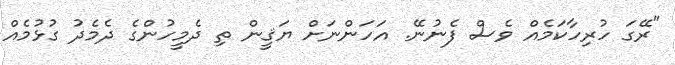
"ރޭގަ ހުރިހާކަމެއް ވެސް ފެނުނޭ. އަހަންނަށް ޔަޤީން ތި ދެމީހުންގެ ދެމެދު ގުޅުމެއް